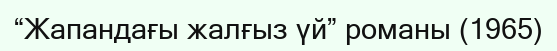
“Жапандағы жалғыз үй” романы (1965)